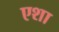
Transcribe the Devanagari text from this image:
एशा